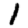
Digit: 1